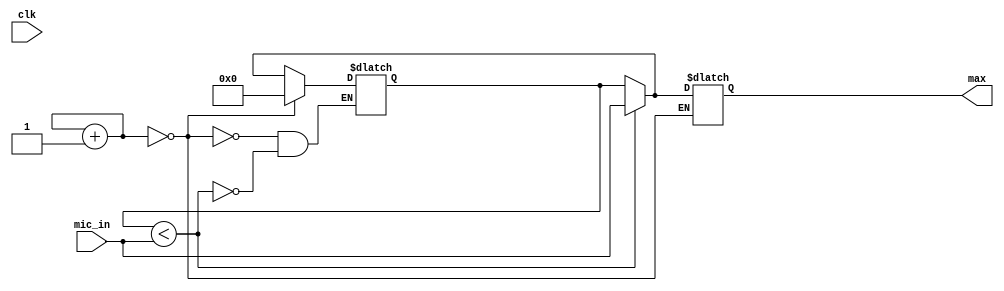
`timescale 1ns / 1ps
//////////////////////////////////////////////////////////////////////////////////
// Company: 
// Engineer: 
// 
// Design Name: 
// Module Name: Max_Intensity
// Project Name: 
// Target Devices: 
// Tool Versions: 
// Description: 
// 
// Dependencies: 
// 
// Revision:
// Revision 0.01 - File Created
// Additional Comments:
// 
//////////////////////////////////////////////////////////////////////////////////


module Max_Intensity(
input clk,
input [11:0]mic_in,
output reg [11:0] max=0
    );
    reg [11:0]peak_volume=0;
    reg [12:0]count=0;
    always @ (clk) begin
    if (peak_volume<mic_in)
    peak_volume=mic_in;
    count=count+1;
    if(count==0) begin
    max=peak_volume;
    peak_volume=0;
    end
    end
    
    
    
    
    
    
    
endmodule